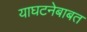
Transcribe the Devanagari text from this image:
याघटनेबाबत